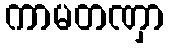
ကာမတဏှာ